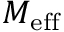
M _ { \mathrm { e f f } }